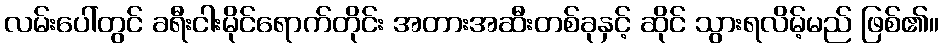
လမ်းပေါ်တွင် ခရီးငါးမိုင်ရောက်တိုင်း အတားအဆီးတစ်ခုနှင့် ဆိုင် သွားရလိမ့်မည် ဖြစ်၏။